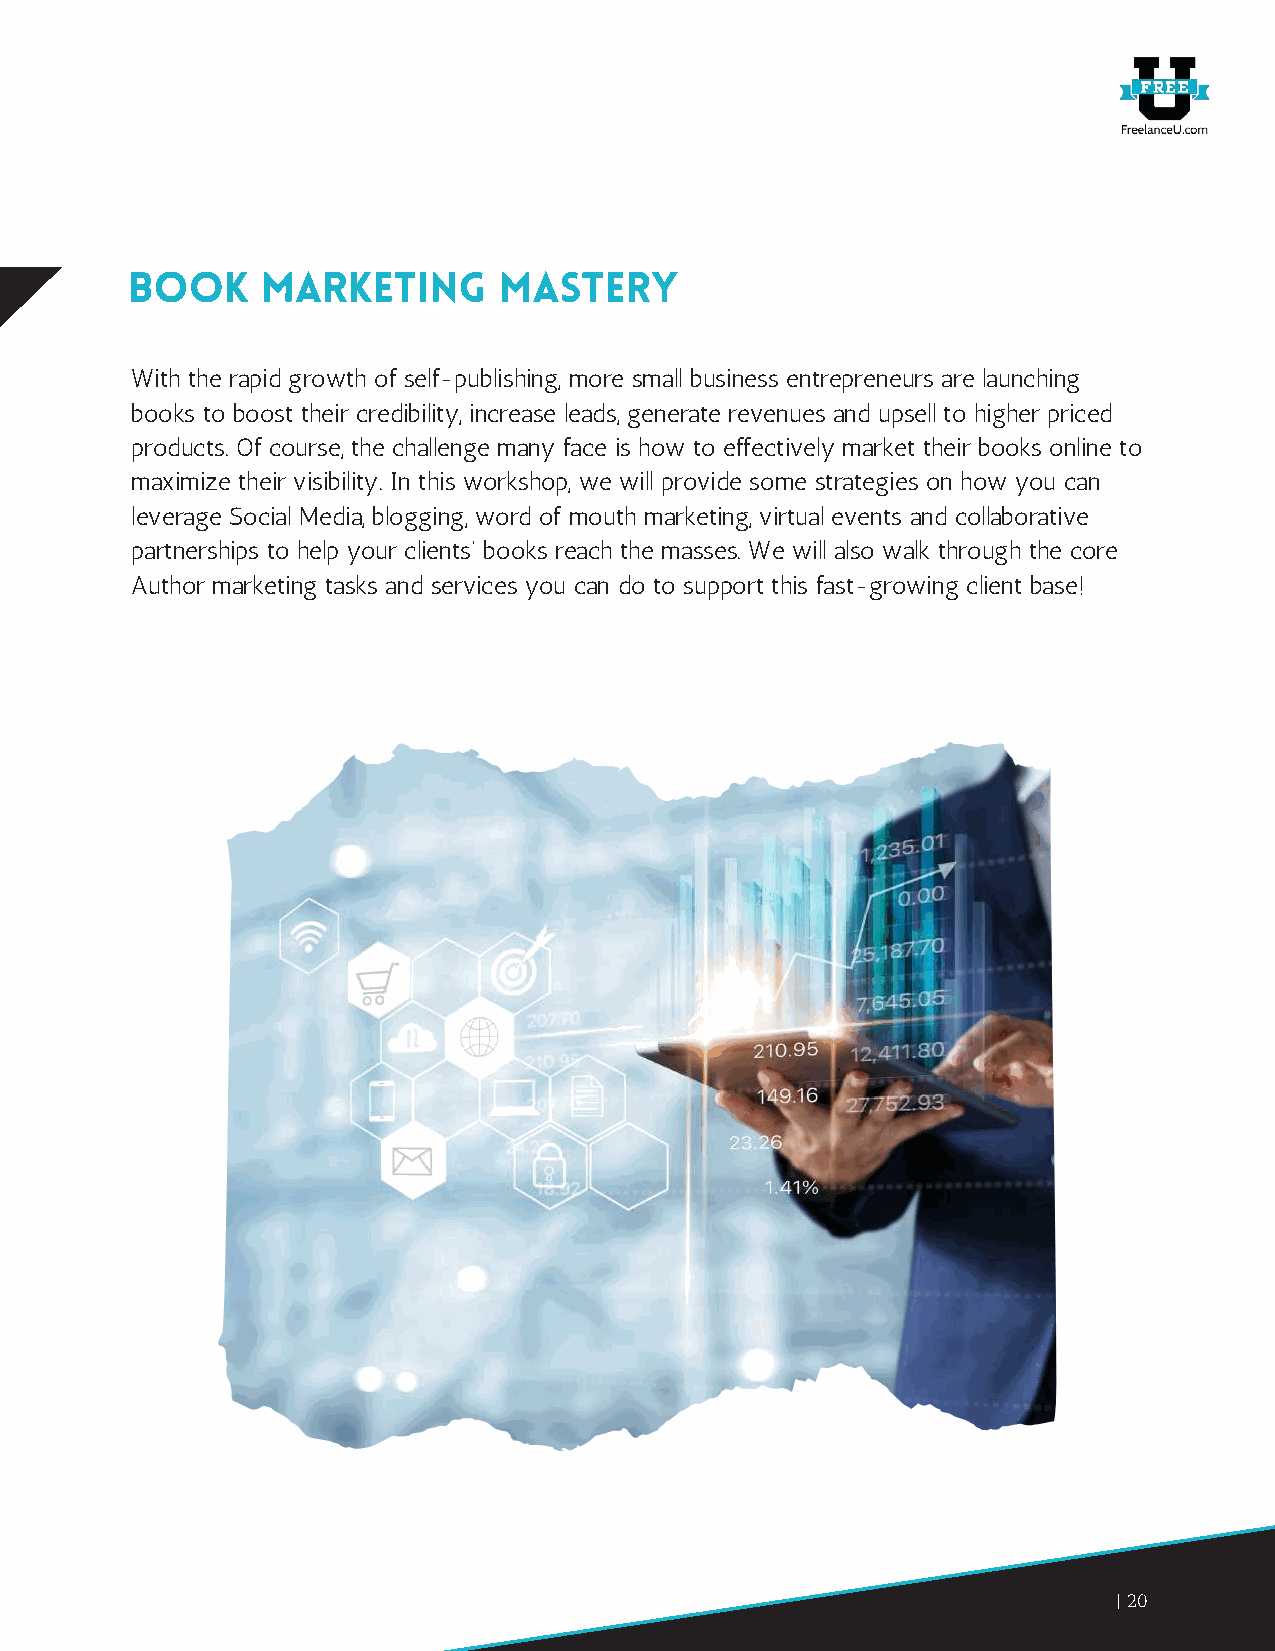
Book     Marketing       Mastery
 With the rapid growth of self-publishing, more small business entrepreneurs are launching
 books to boost their credibility, increase leads, generate revenues and upsell to higher priced
 products. Of course, the challenge many face is how to effectively market their books online to
 maximize their visibility. In this workshop, we will provide some strategies on how you can
 leverage Social Media, blogging, word of mouth marketing, virtual events and collaborative
 partnerships to help your clients’ books reach the masses. We will also walk through the core
 Author marketing tasks and services you can do to support this fast-growing client base!
 20